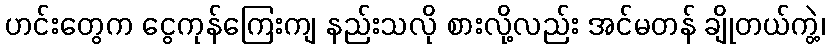
ဟင်းတွေက ငွေကုန်ကြေးကျ နည်းသလို စားလို့လည်း အင်မတန် ချိုတယ်ကွဲ့၊